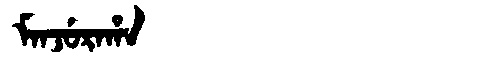
Manchu: ᠮᠠᠨᠵᡠᡵᠠᡥᠠ
Romanization: MANJURAHA